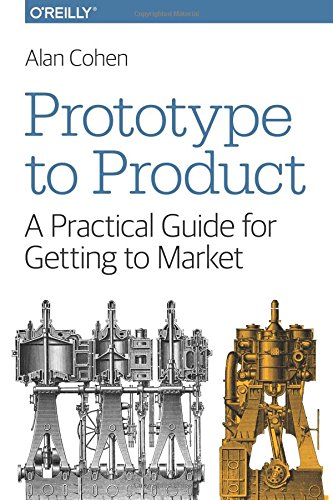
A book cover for Prototype to Product: A Practical Guide for Getting to Market; Alan Cohen; Business & Money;